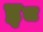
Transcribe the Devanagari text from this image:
इ८